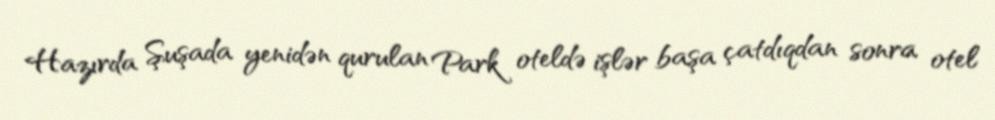
Hazırda Şuşada yenidən qurulan Park oteldə işlər başa çatdıqdan sonra otel